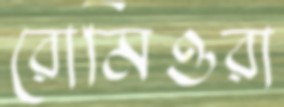
রোমিওরা